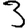
Digit: 3